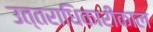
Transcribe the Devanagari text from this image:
उत्तराधिकारीकाल